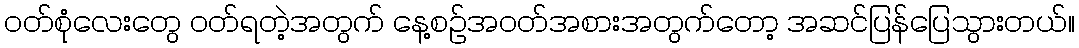
ဝတ်စုံလေးတွေ ဝတ်ရတဲ့အတွက် နေ့စဉ်အဝတ်အစားအတွက်တော့ အဆင်ပြန်ပြေသွားတယ်။